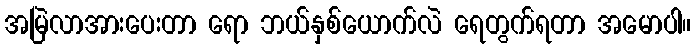
အမြဲလာအားပေးတာ ရော ဘယ်နှစ်ယောက်လဲ ရေတွက်ရတာ အမောပါ။